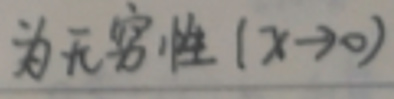
为无穷性\((x \to 0)\)